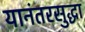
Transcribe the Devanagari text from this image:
यानंतरसुद्धा